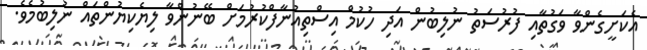
އެކަށީގެންވާ ވަގުތާއި ފުރުސަތު ނުލިބުން އަދި ހުކުމް އިސްތިއުނާފްކުރުމަށް ބޭނުންވާ ލިޔެކިޔުންތައް ނުލިބުމެވެ.